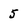
Character: 5